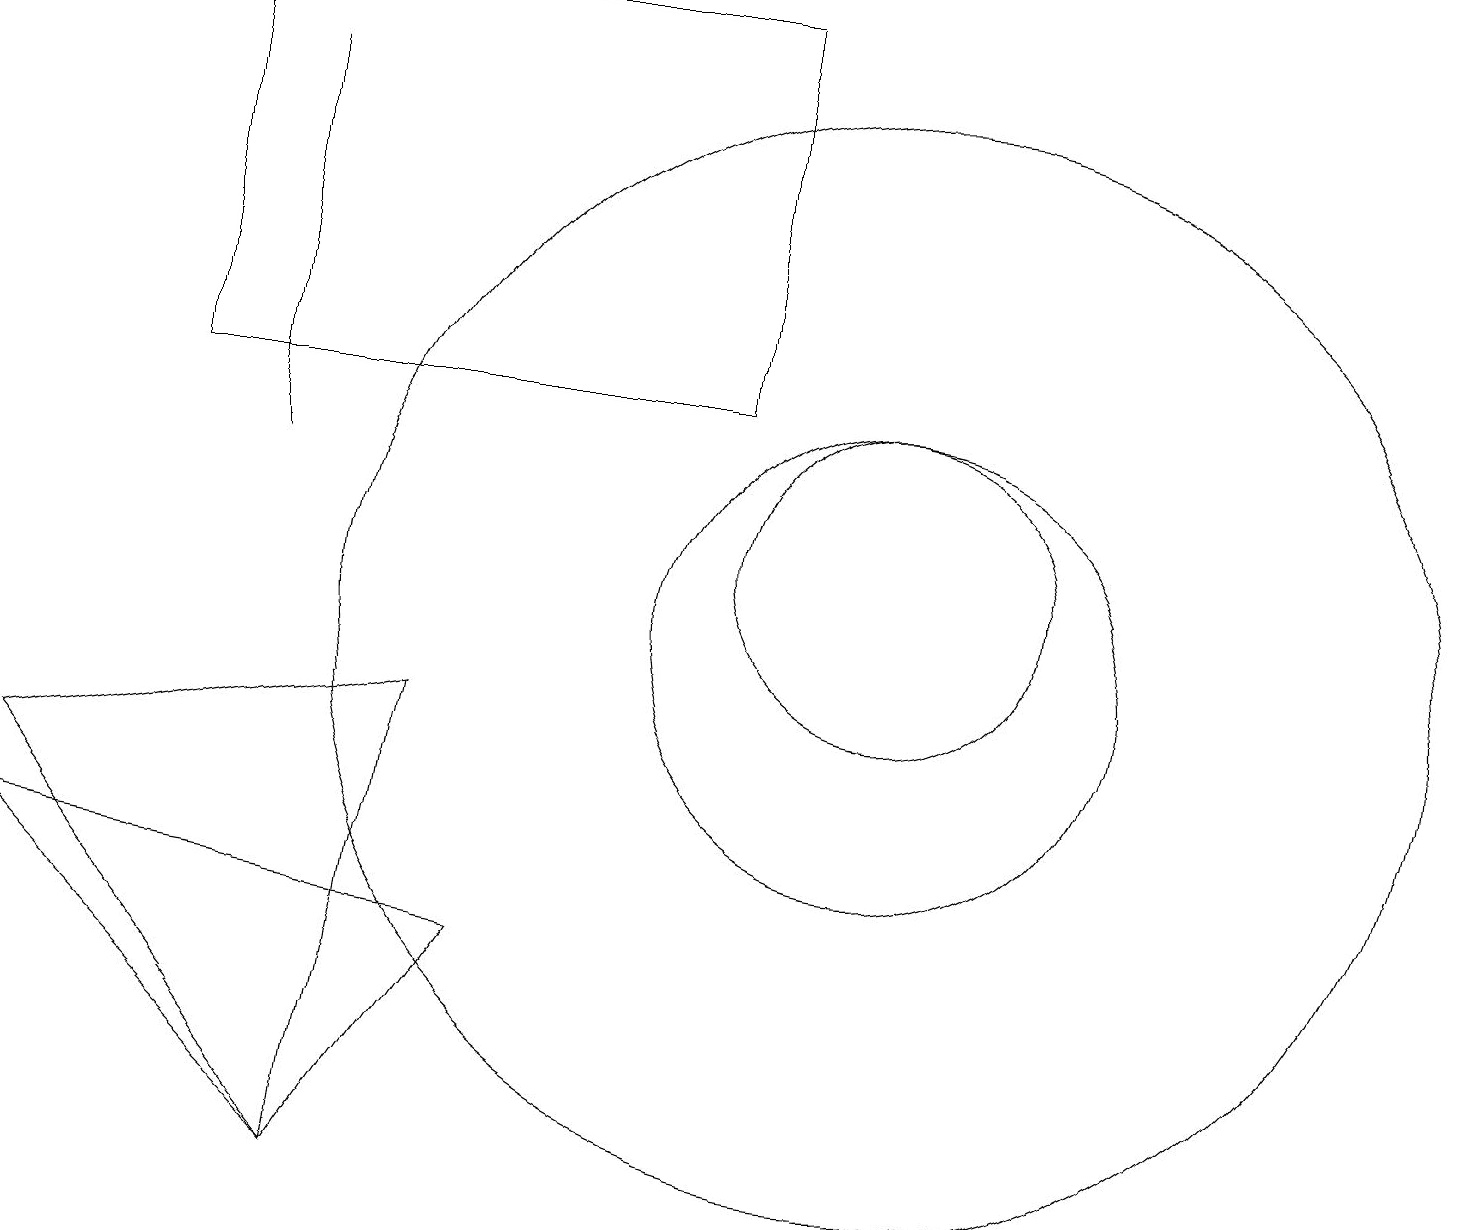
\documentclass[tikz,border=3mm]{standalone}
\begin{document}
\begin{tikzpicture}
\draw (5,9) -- (0,8) -- (4,3) -- cycle;
\draw (11,10) circle (7);
\draw (11,10) circle (3);
\draw (9,18) rectangle (2,13);
\draw (0,7) -- (4,3) -- (6,6) -- cycle;
\draw (3,12) rectangle (3,17);
\draw (11,11) circle (2);
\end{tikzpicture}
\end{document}